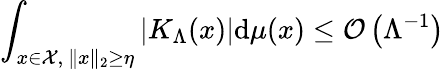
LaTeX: \int_{x\in{\cal{X}},\ \| x\| _{2}\ge\eta}|K_{\Lambda}(x)|\mathrm{d}\mu(x)\le{\cal{O}}\left(\Lambda^{-1}\right)